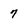
Character: 7